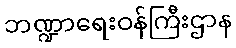
ဘဏ္ဍာရေးဝန်ကြီးဌာန